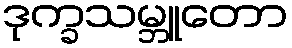
ဒုက္ခသမ္ဘူတော